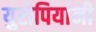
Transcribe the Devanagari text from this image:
युरोपियांनी